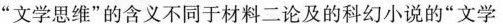
“文学思维”的含义不同于材料二论及的科幻小说的“文学